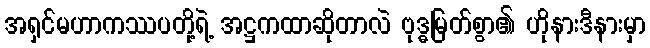
အရှင်မဟာကဿပတို့ရဲ့ အဋ္ဌကထာဆိုတာလဲ ဗုဒ္ဓမြတ်စွာ၏ ဟိုနားဒီနားမှာ